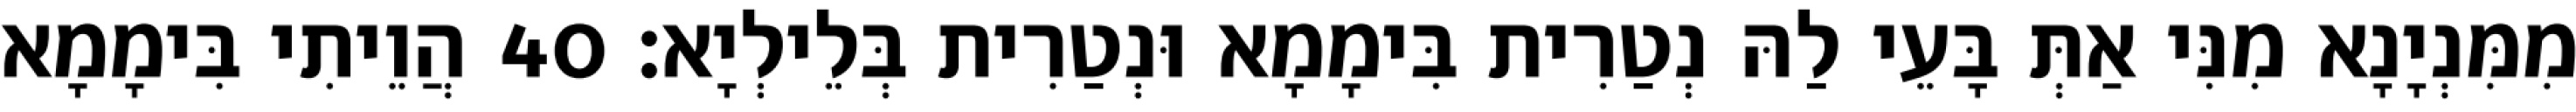
מִמִּנְיָנָא מִנִּי אַתְּ בָּעֵי לַהּ נְטַרִית בִּימָמָא וּנְטַרִית בְּלֵילְיָא׃ 40 הֲוֵיתִי בִּימָמָא